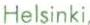
Helsinki